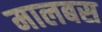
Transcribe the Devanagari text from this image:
मालबस